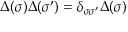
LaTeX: \Delta ( \sigma ) \Delta ( \sigma ^ { \prime } ) = \delta _ { \sigma \sigma ^ { \prime } } \Delta ( \sigma )